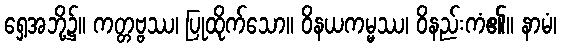
ရှေ့အဘို့၌။ ကတ္တဗ္ဗဿ၊ ပြုထိုက်သော။ ဝိနယကမ္မဿ၊ ဝိနည်းကံ၏။ နာမံ၊